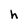
Character: h